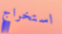
استخراج